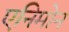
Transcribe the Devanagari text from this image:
एनिमोन